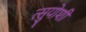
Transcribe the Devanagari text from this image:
त्सुयोशी